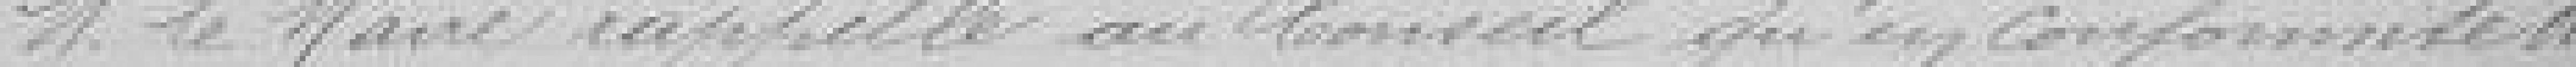
M. le Maire rappelle au Conseil qu'en conformité du